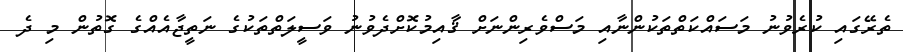
ތެރޭގައި ކުރެވުނު މަސައްކަތްތަކުންނާއި މަސްވެރިންނަށް ޤާއިމުކޮށްދެވުނު ވަސީލަތްތަކުގެ ނަތީޖާއެއްގެ ގޮތުން މި ދެ